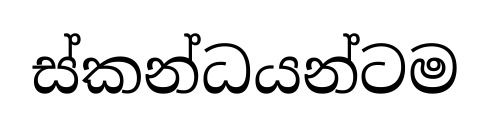
ස්කන්ධයන්ටම